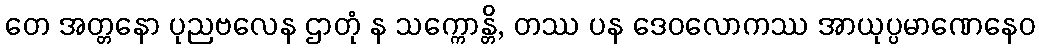
တေ အတ္တနော ပုညဗလေန ဌာတုံ န သက္ကောန္တိ, တဿ ပန ဒေဝလောကဿ အာယုပ္ပမာဏေနေဝ